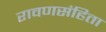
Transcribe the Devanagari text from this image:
रावणसंहिता